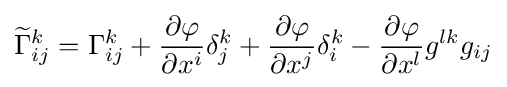
{\widetilde {\Gamma }}_{ij}^{k}=\Gamma _{ij}^{k}+{\frac {\partial \varphi }{\partial x^{i}}}\delta _{j}^{k}+{\frac {\partial \varphi }{\partial x^{j}}}\delta _{i}^{k}-{\frac {\partial \varphi }{\partial x^{l}}}g^{lk}g_{ij}